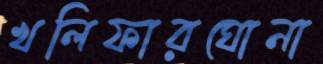
খলিফারঘোনা